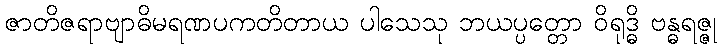
ဇာတိဇရာဗျာဓိမရဏပကတိတာယ ပါသေသု ဘယပ္ပတ္တော ဝိရုဒ္ဓိ ဗန္ဓရဇ္ဇု